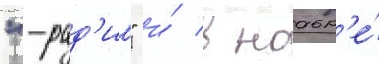
"-рад'ио" и́ в ноабр'е́